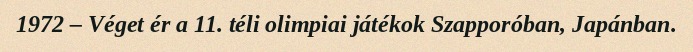
1972 – Véget ér a 11. téli olimpiai játékok Szapporóban, Japánban.